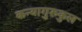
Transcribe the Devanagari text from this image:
कन्यागुरुकुल